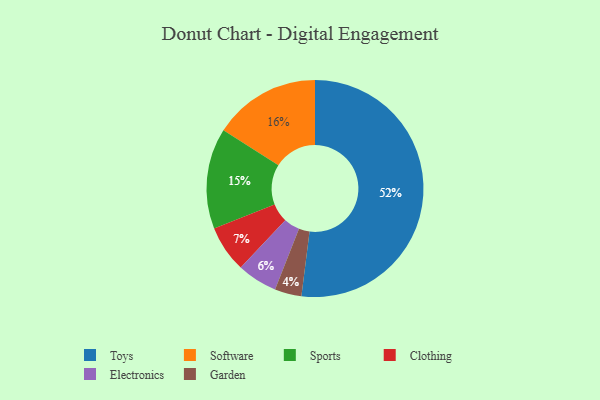
{"axis": {"x": "Category", "y": "Percentage"}, "legend": ["Clothing", "Electronics", "Garden", "Software", "Sports", "Toys"], "data": [{"x": "Software", "y": 16, "type": "Software"}, {"x": "Toys", "y": 52, "type": "Toys"}, {"x": "Clothing", "y": 7, "type": "Clothing"}, {"x": "Electronics", "y": 6, "type": "Electronics"}, {"x": "Sports", "y": 15, "type": "Sports"}, {"x": "Garden", "y": 4, "type": "Garden"}]}